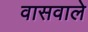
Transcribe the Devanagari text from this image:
वासवाले